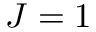
J = 1